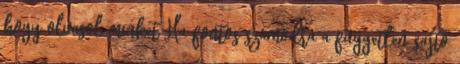
hogy olvasol minket Ha fontos számodra a független sajtó